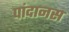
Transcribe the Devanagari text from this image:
पांदानस